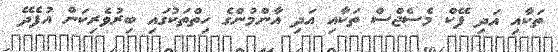
ތަކާއި އަދި ފޭކް މެސެޖްސް ތަކާއި އަދި އާންމުންގެ ހިތްތަކުގައި ބިރުވެރިކަން އުފެދޭ